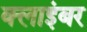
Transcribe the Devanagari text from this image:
क्लाइंबर